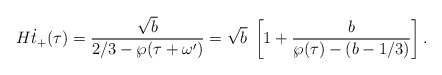
\begin{align*}H\dot{t}_+(\tau)=\frac{\sqrt{b}}{2/3-\wp(\tau+\omega')}=\sqrt{b}\;\left[1+\frac{b}{\wp(\tau)-(b-1/3)}\right].\end{align*}